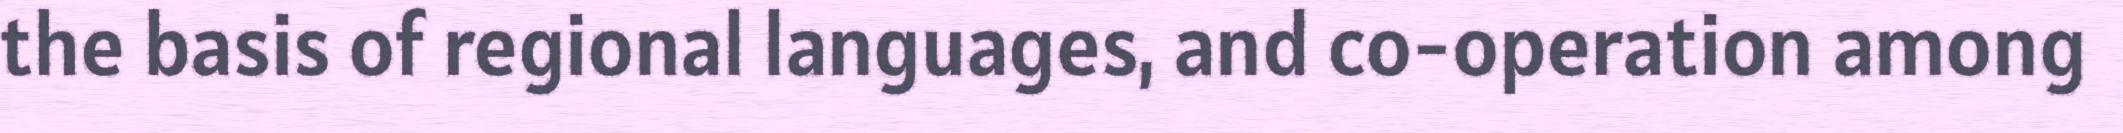
the basis of regional languages, and co-operation among